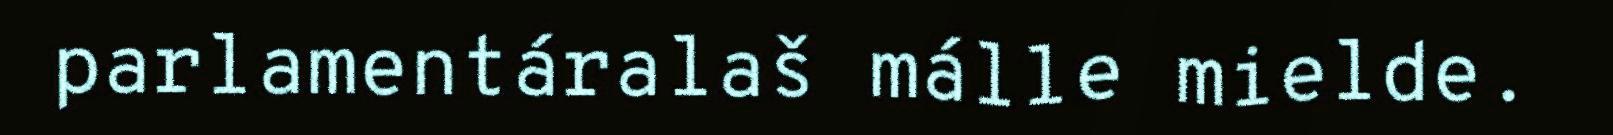
parlamentáralaš málle mielde.